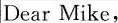
Dear Mike,